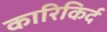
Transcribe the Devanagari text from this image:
कारिकिर्द